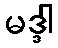
မဒ္ဒါ